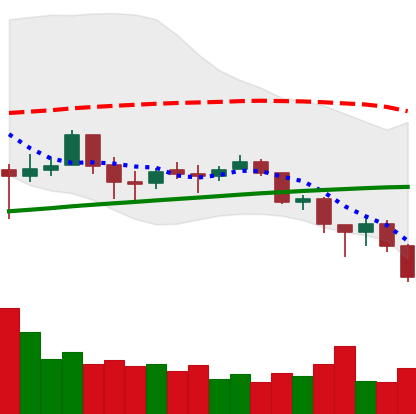
Ticker: BTC-USD
Chart end date: 2018-02-05
Forward return: 23.962%
Label: up_7plus